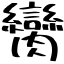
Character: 臠